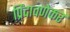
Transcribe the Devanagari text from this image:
प्रिंदावणेकर